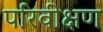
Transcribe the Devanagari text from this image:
परिवीक्षण